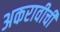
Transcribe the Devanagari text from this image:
अकरावीची